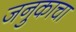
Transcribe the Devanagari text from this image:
जनुकाचा